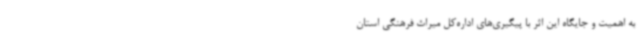
به اهمیت و جایگاه این اثر با پیگیری‌های اداره‌کل میراث فرهنگی استان